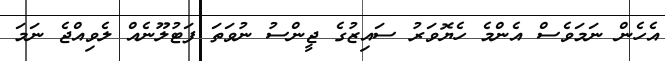
އެހެން ނަމަވެސް އެންމެ ހެޔޮވަރު ސައިޒުގެ ޖީންސު ނުވަތަ ފަޓުލޫނެއް ލެވިއްޖެ ނަމަ